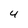
Character: 4